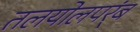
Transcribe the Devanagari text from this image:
तलयोलपर्ंब